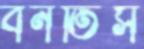
বনতিস